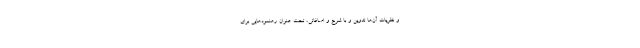
و نظریات آن‌ها تدوین و با شرح و اضافاتی، تحت عنوان رهنمودهایی برای